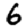
Digit: 6